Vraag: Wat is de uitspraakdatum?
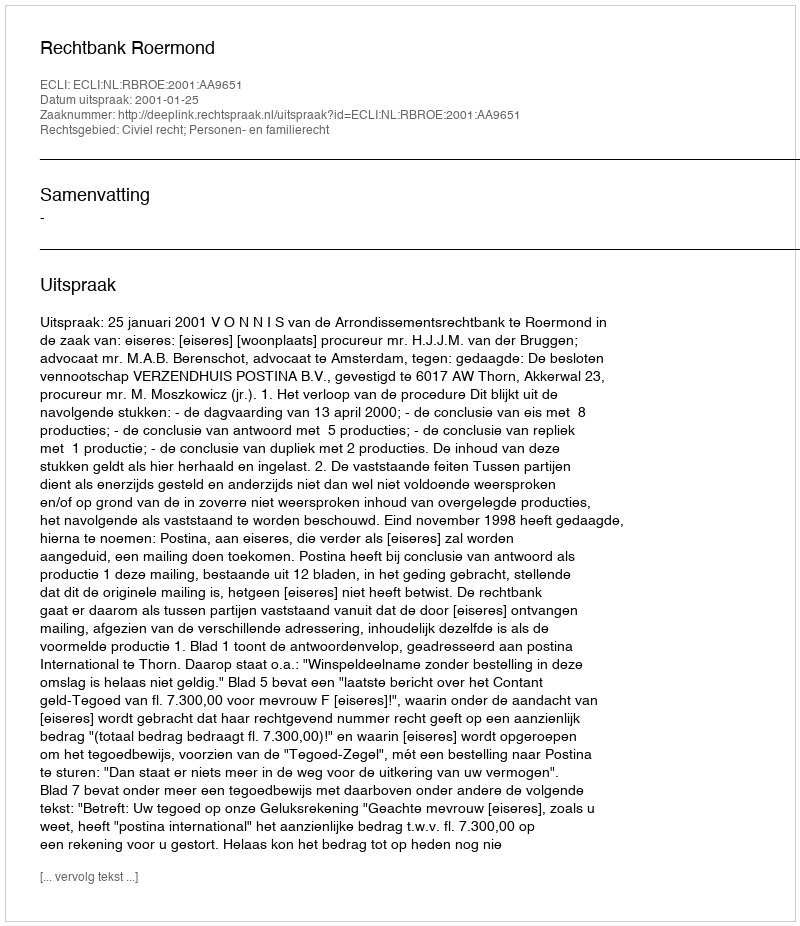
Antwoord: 2001-01-25